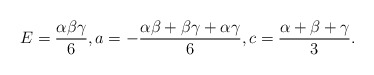
\begin{align*}E=\frac{\alpha\beta\gamma}{6}, a=-\frac{\alpha\beta+\beta\gamma+\alpha\gamma}{6},c=\frac{\alpha+\beta+\gamma}{3}.\end{align*}